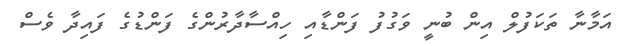
އަމާނާ ތަކަފުލް އިން ބުނީ ވަގުފު ފަންޑާއި ހިއްސާދާރުންގެ ފަންޑުގެ ފައިދާ ވެސް